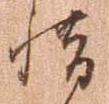
惜